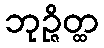
ဘုဉ္ဇိတ္ထ